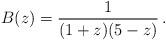
LaTeX: \begin{align*}B(z) = {1 \over (1+z)(5-z)} \, .\end{align*}